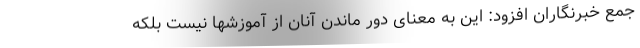
جمع خبرنگاران افزود: این به معنای دور ماندن آنان از آموزشها نیست بلکه